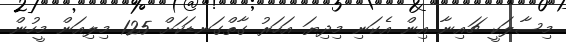
މިސާލަކީ ޗައިނާ އިން އެކަނި މިދިޔަ އަހަރު ގާތްގަނޑަކަށް 125 މިލިއަން މީހުން